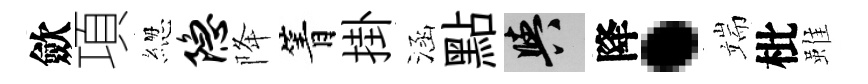
歛項緫隐降箐掛涵點阳降·端枇雖